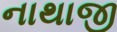
નાથાજી